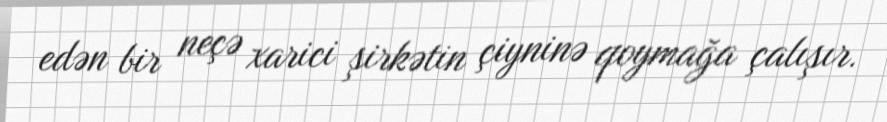
edən bir neçə xarici şirkətin çiyninə qoymağa çalışır.